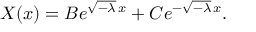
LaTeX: X ( x ) = B e ^ { { \sqrt { - \lambda } } \, x } + C e ^ { - { \sqrt { - \lambda } } \, x } .